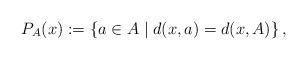
LaTeX: \begin{gather*}P_{A}(x):= \left\{a\in A \mid d(x,a)=d(x,A)\right\},\end{gather*}